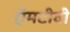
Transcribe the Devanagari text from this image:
ऍमटीवी